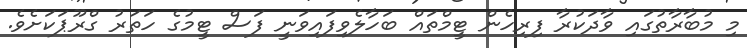
މި މުބާރާތުގައި ވާދަކުރާ ފިރިހެން ޓީމްތައް ބަހާލެވިފައިވަނީ ފަސް ޓީމުގެ ހަތަރު ގްރޫޕަކަށެވެ.